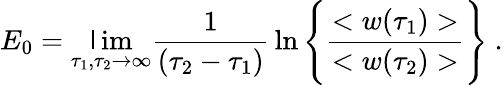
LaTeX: E_{0}=\operatorname*{\mathsf{l}im}_{\tau_{1},\tau_{2}\to\infty}{\frac{{1}}{{(\tau_{2}-\tau_{1})}}}\ln\Bigg\{ {\frac{{<w(\tau_{1})>}}{{<w(\tau_{2})>}}}\Bigg\} \ .